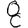
Digit: 8